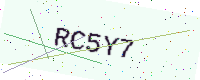
Text: RC5Y7